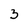
Character: 3